Jaan_Tonisson_(Lasteleht), lk 111
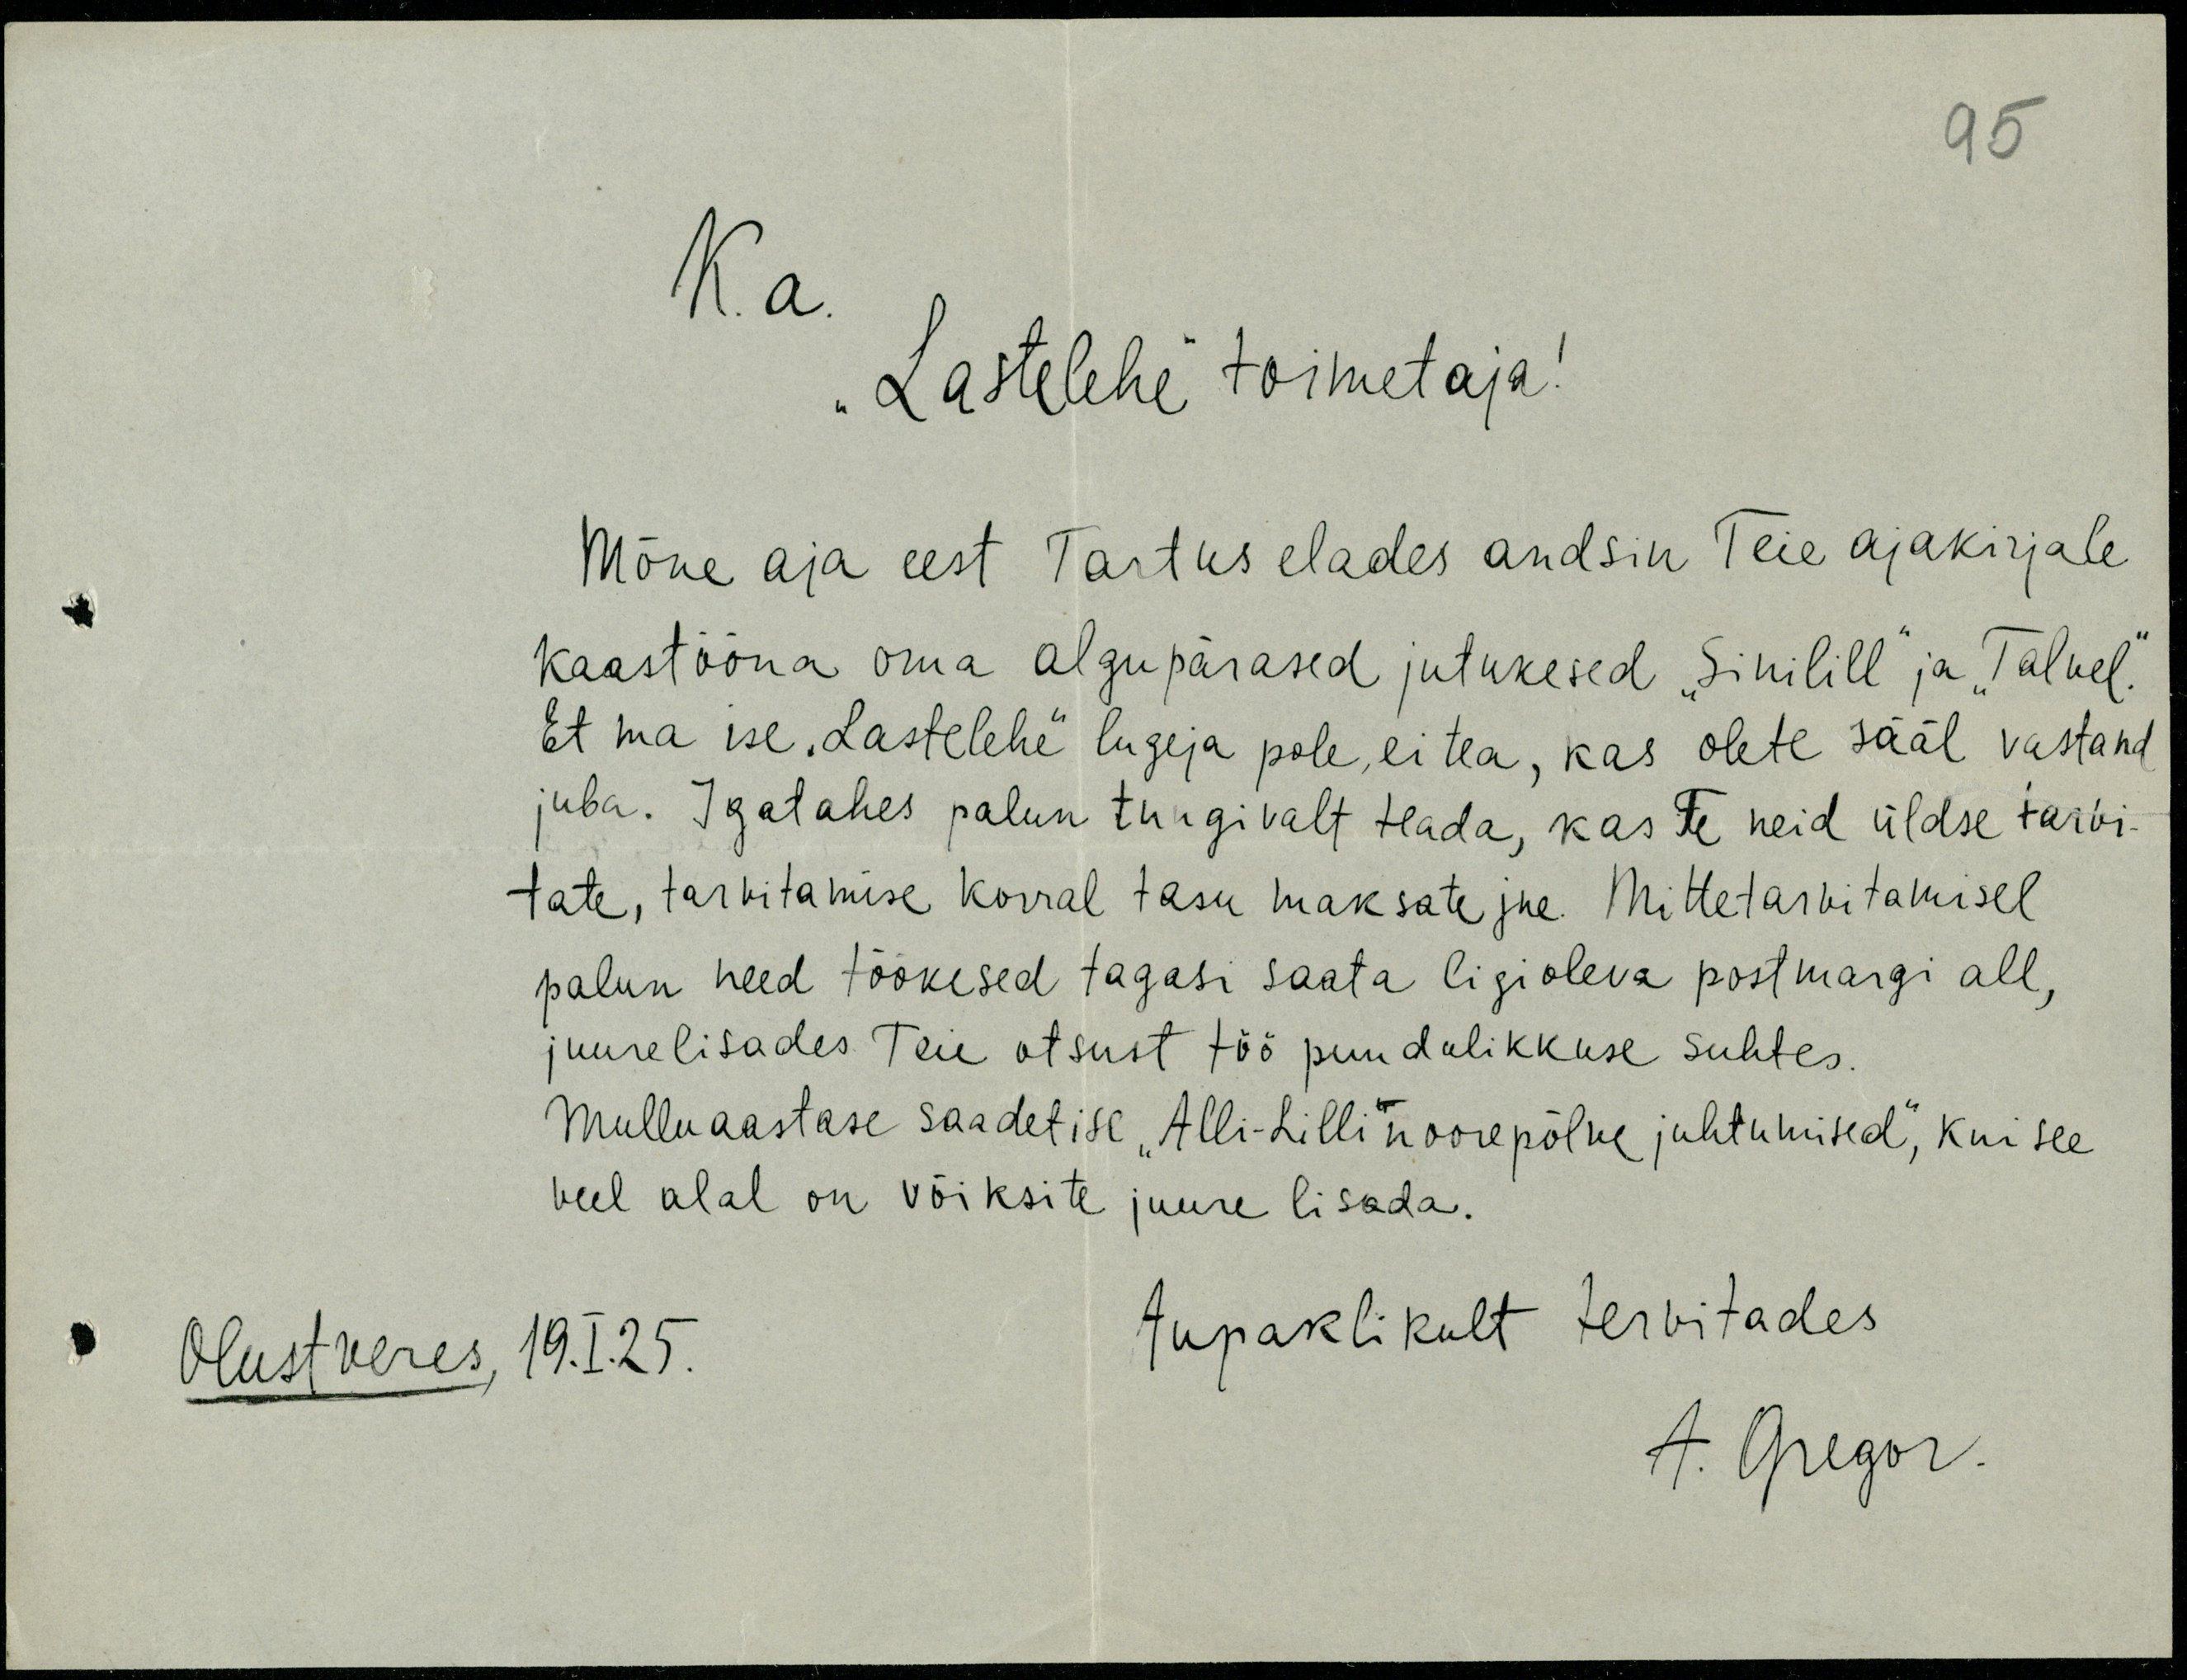
95
K. a
"Lastelehe" toimetaja!
Mõne aja eest Tartus elades andsin teie ajakirjale
kaastööna oma algupärased jutukesed "Sinilill" ja "Talvel."
Et ma ise "Lastelehe" lugeja pole ei tea, kas olete sääl vastand
juba. Igatahes palun tungivalt teada, kas Te neid üldse tarvi-
tate, tarvitamise korral tasu maksate jne. Mittetarvitamisel
palun need töökesed tagasi saata ligioleva postmargi all,
juurelisaades Teie otsust töö puudulikkuse suhtes.
Mulluaastase saadetise, "Alli Liilli noorepõlve juhtumised", kui see
veel alal on võiksite juure lisada.
Aupaklikult tervitades
Olustveres, 19.I.25.
A. Gregor.